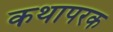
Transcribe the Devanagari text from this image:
कथापरक